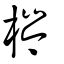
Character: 梣